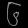
Digit: ၆